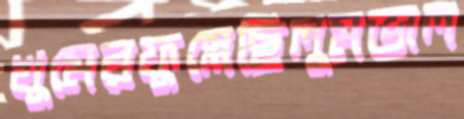
খুমেরফুস্‌লেছিলুমভাল